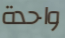
واحدة